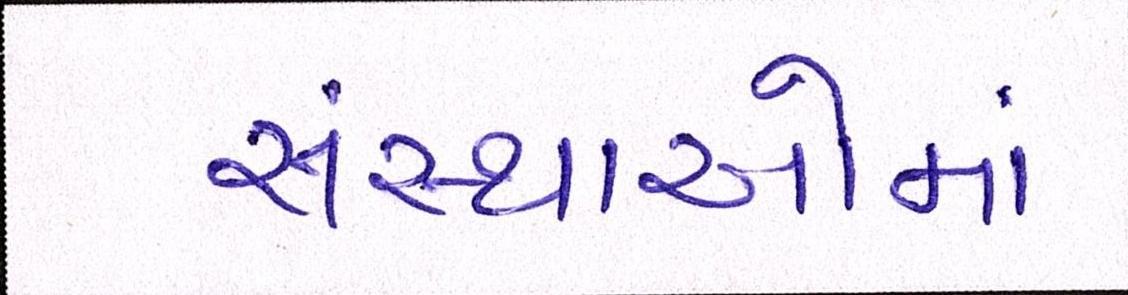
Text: સંસ્થાઓમાં